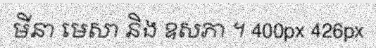
មីនា មេសា និង ឧសភា ។ 400px 426px